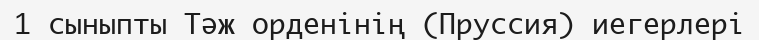
1 сыныпты Тәж орденінің (Пруссия) иегерлері